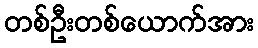
တစ်ဦးတစ်ယောက်အား